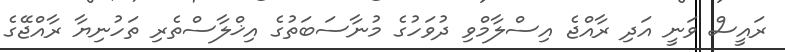
ރައީސް ވަނީ އަދި ރާއްޖެ އިސްލާމްވި ދުވަހުގެ މުނާސަބަތުގެ އިޚްލާސްތެރި ތަހުނިޔާ ރާއްޖޭގެ